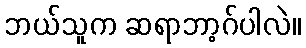
ဘယ်သူက ဆရာဘာ့ဂ်ပါလဲ။